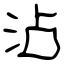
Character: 沾